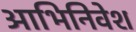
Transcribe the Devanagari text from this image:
आभिनिवेश